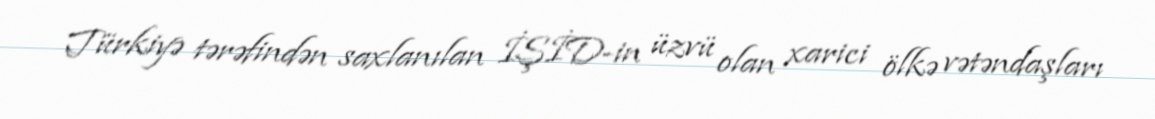
Türkiyə tərəfindən saxlanılan İŞİD-in üzvü olan xarici ölkə vətəndaşları